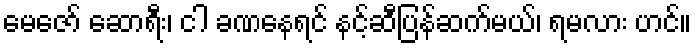
မေဇော် ဆောရီး၊ ငါ ခဏနေရင် နင့်ဆီပြန်ဆက်မယ်၊ ရမလား ဟင်။